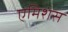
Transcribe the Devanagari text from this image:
एमिशंस